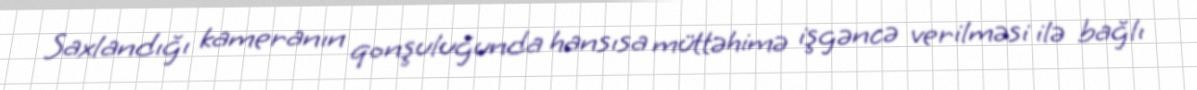
Saxlandığı kameranın qonşuluğunda hansısa müttəhimə işgəncə verilməsi ilə bağlı